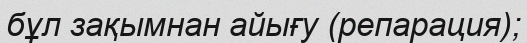
бұл зақымнан айығу (репарация);